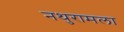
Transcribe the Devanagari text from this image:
नथुरामला